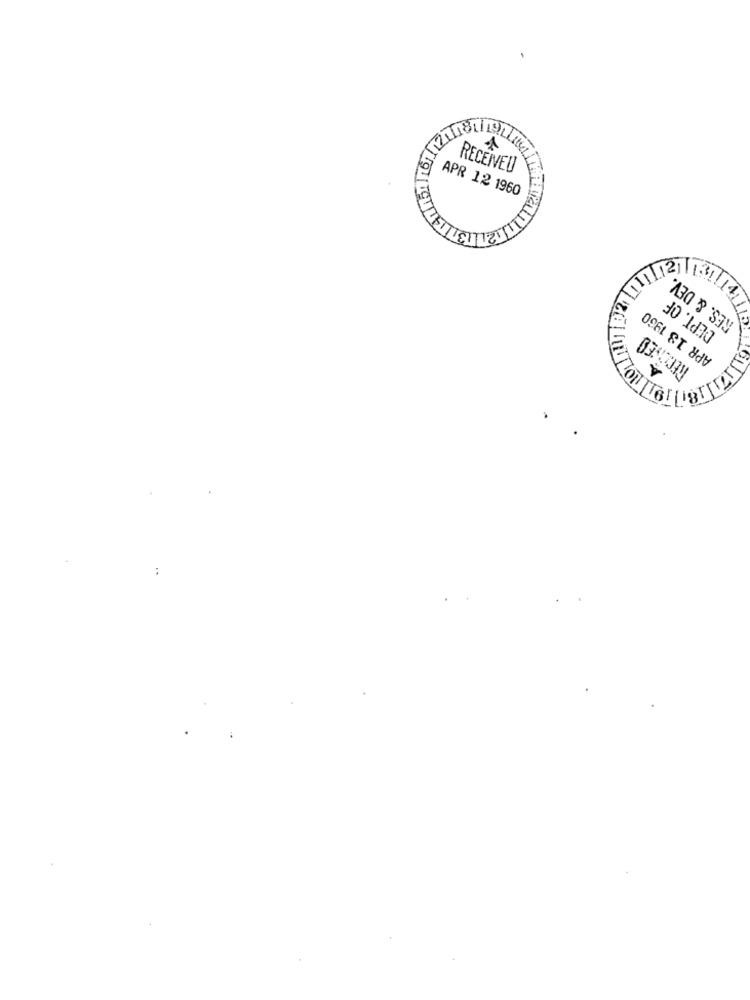
RECEIVED
APR 12 1960
ETT
RES. & DEV
DEPT. OF
APR 13 1960
RECONED